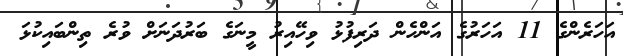
އަހަރެންގެ 11 އަހަރުގެ އަންހެން ދަރިފުޅު ވިހޭއިރު މީނަގެ ބަރުދަނަށް ވުރެ ތިންބައިކުޅަ